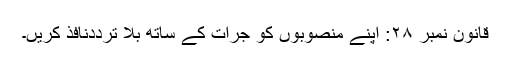
قانون نمبر ۲۸: اپنے منصوبوں کو جرات کے ساتھ بلا ترددنافذ کریں۔